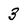
Character: 3